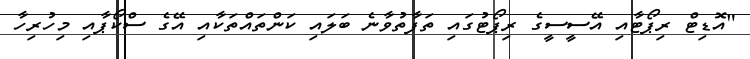
"އޮޑިޓް ރިޕޯޓާއި އޭސީސީގެ ރިޕޯޓުގައި ތަފާތުވާނެ ބަލައި ކަންތައްތަކާއި އޭގެ ސްކޯޕާއި މިހުރިހާ